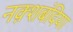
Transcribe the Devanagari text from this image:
नक़्शबंदिया